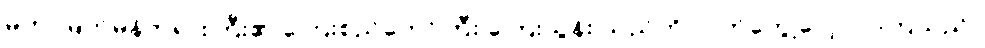
မဟာမြတ်မုနိဘုရားကြီး၏ ကြေးစည်တော်ကြီး ကြေးသွန်း သည်ကို လက်တွေ့လေ့လာကြသည်။